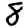
Digit: 8